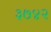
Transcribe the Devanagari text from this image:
३७४२